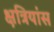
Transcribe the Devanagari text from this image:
क्षत्रियांस